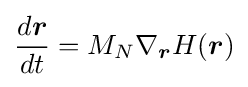
{\frac {d{\boldsymbol {r}}}{dt}}=M_{N}\nabla _{\boldsymbol {r}}H({\boldsymbol {r}})